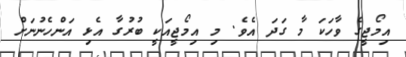
އިމޯޖީގެ ވާހަކަ މާ ގަދަ އެވެ. މި އިމޯޖީއަކީ ބުރުގާ އެޅި އަންހެނުނަށް